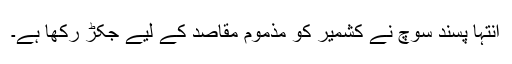
انتہا پسند سوچ نے کشمیر کو مذموم مقاصد کے لیے جکڑ رکھا ہے۔